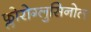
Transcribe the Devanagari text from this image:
फ्लोरोग्लुसिनोल